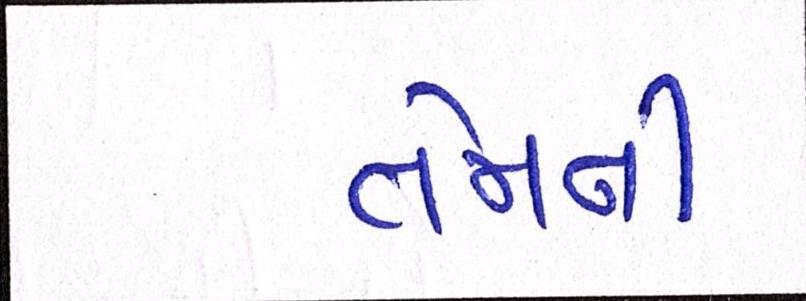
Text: તેમની